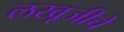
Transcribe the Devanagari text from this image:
लखूजीचे